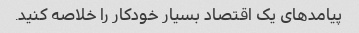
پیامدهای یک اقتصاد بسیار خودکار را خلاصه کنید.